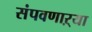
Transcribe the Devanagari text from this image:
संपवणाऱ्या